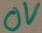
Text: 0V